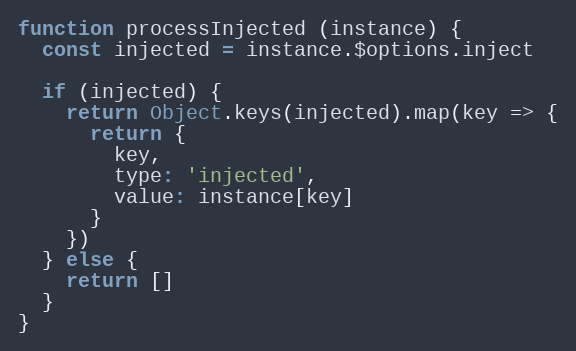
Language: JavaScript
function processInjected (instance) {
  const injected = instance.$options.inject

  if (injected) {
    return Object.keys(injected).map(key => {
      return {
        key,
        type: 'injected',
        value: instance[key]
      }
    })
  } else {
    return []
  }
}